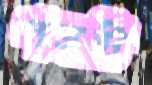
পত্রটি